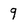
Character: 9